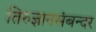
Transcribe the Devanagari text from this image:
तिरुज्ञानसंबन्दर